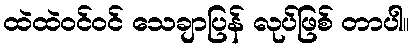
ထဲထဲဝင်ဝင် သေချာပြန် လုပ်ဖြစ် တာပါ။